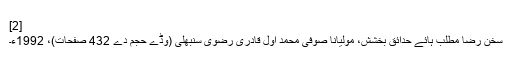
[2]
سخن رضا مطلب ہائے حدائق بخشش، مولیانا صوفی محمد اول قادری رضوی سنبھلی (وڈے حجم دے 432 صفحات)، 1992ء۔